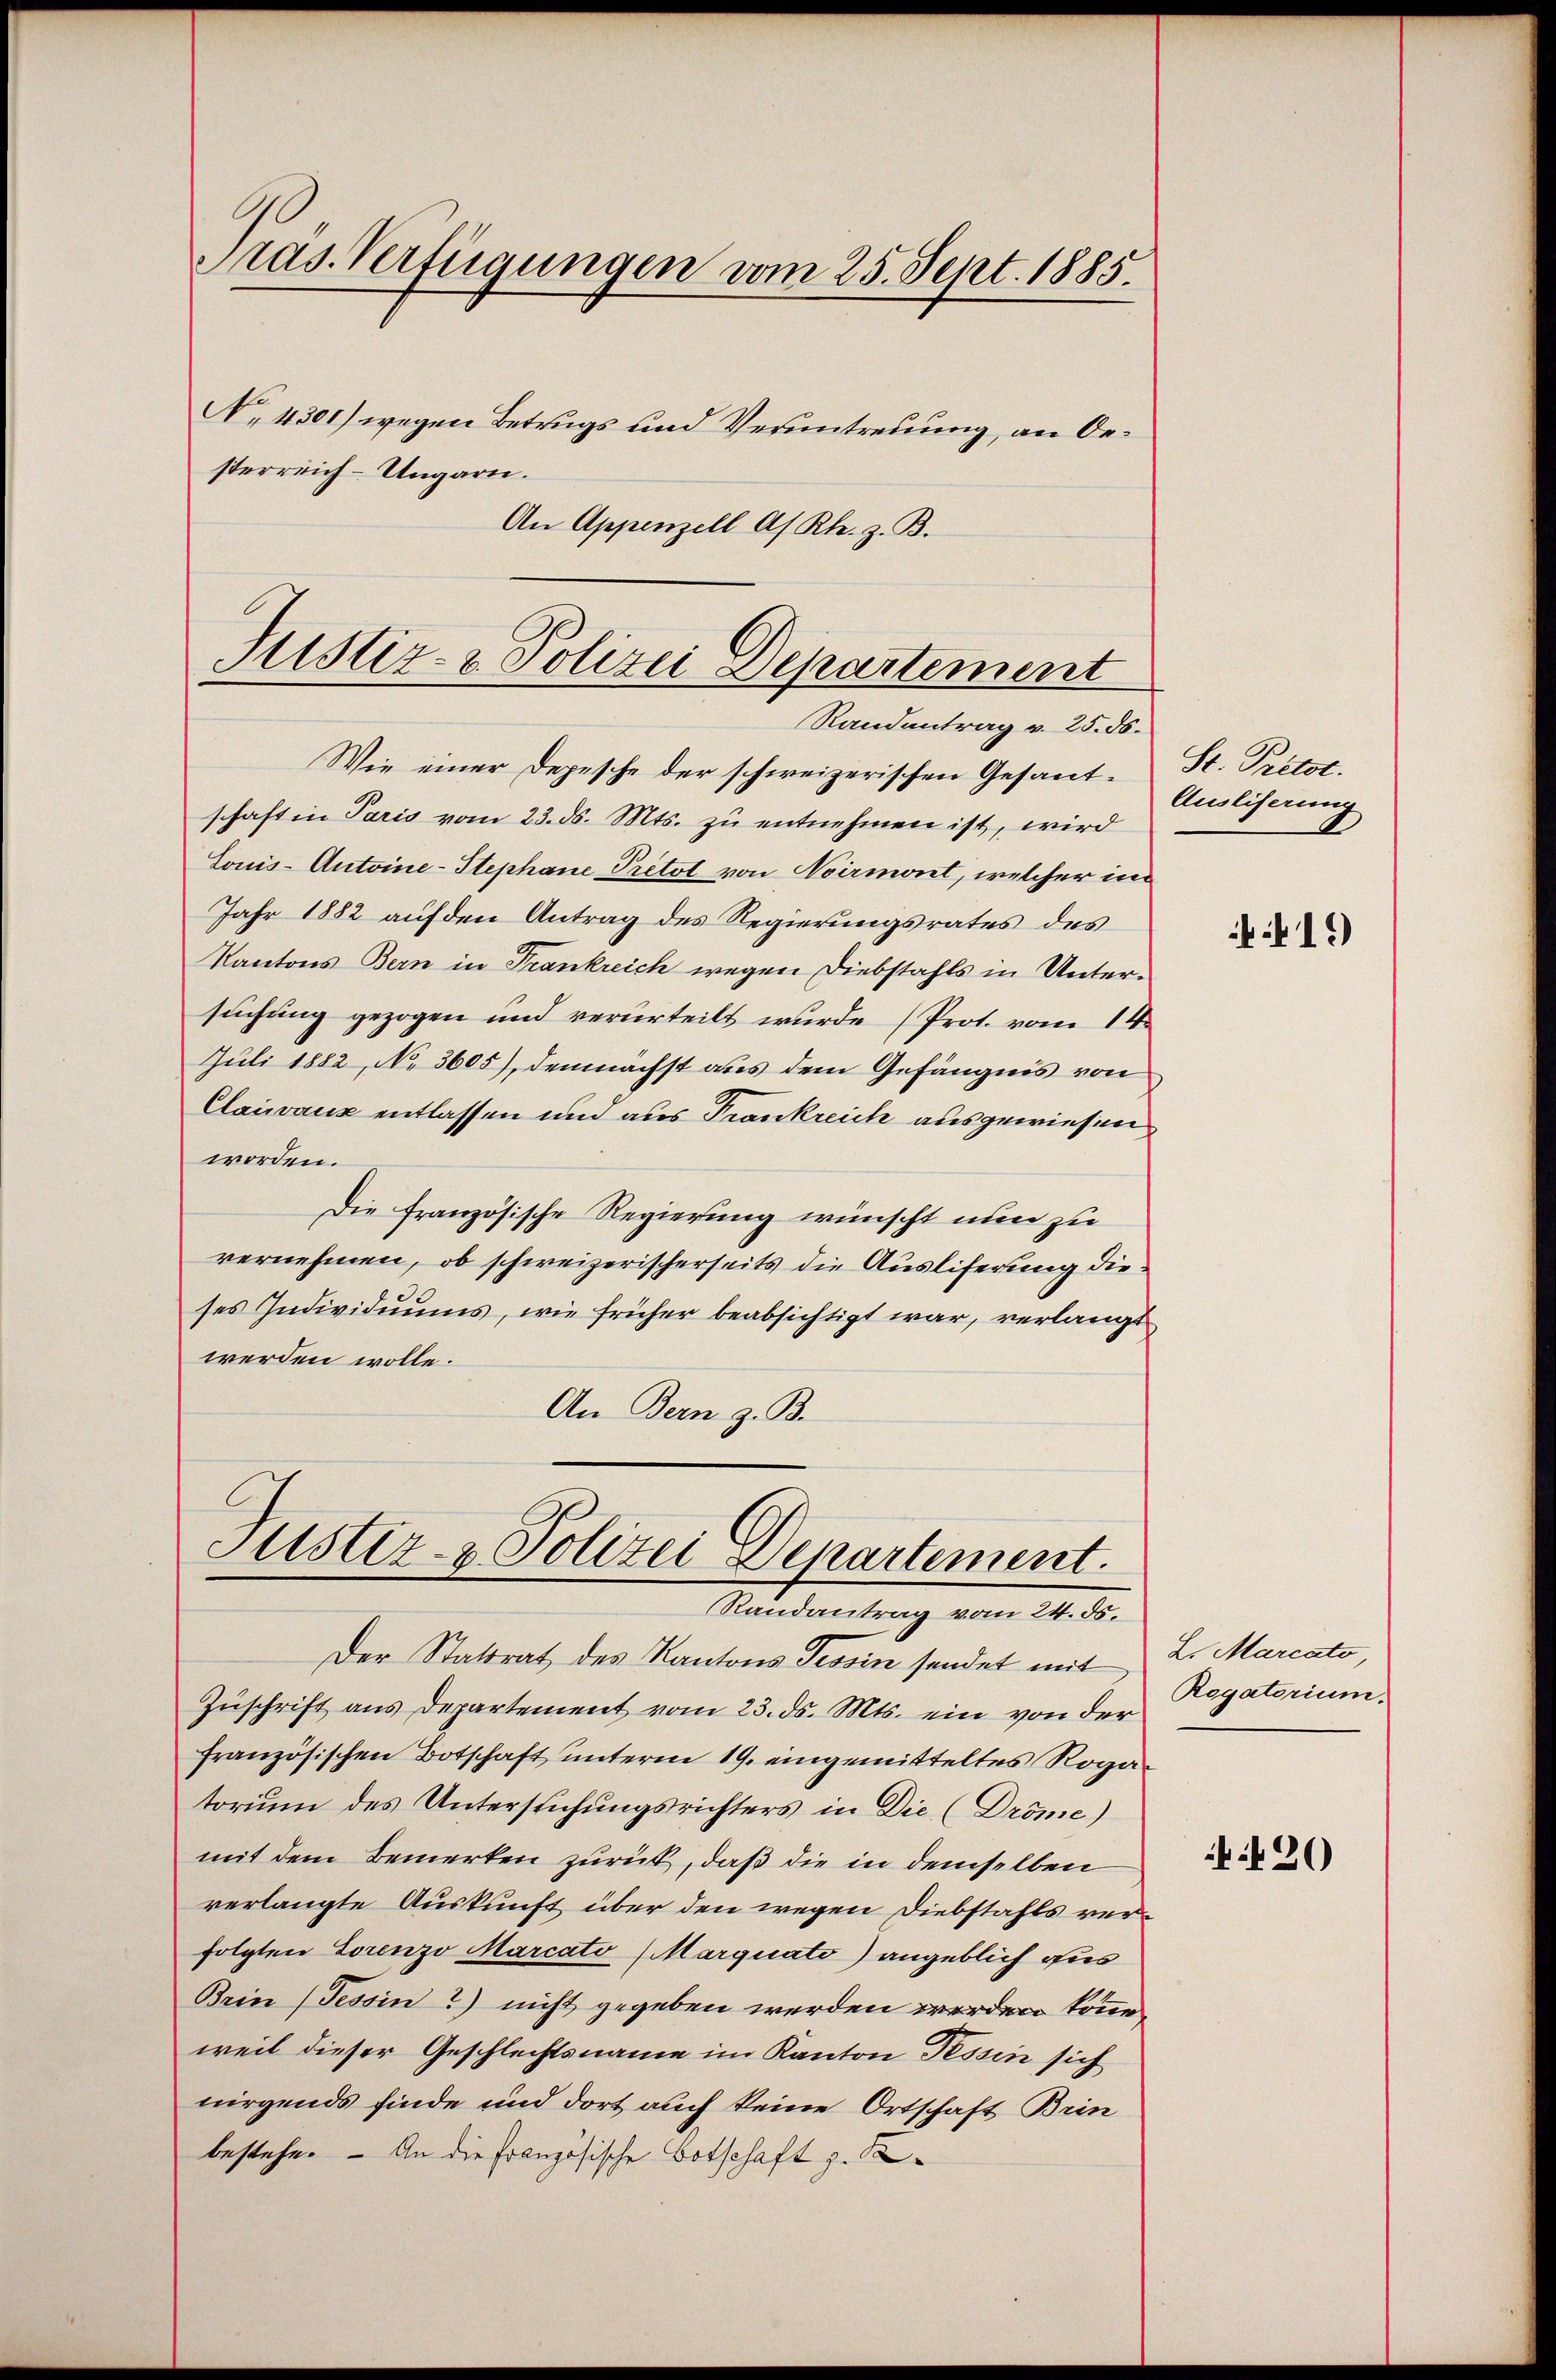
ras. Verfügungen vom 25. Sept. 1885.
N. 4301) wegen Betrugs und Verantreuung, an Oesterreich-Ungarn.
An Appenzell A/Rh. z. B.

Justiz- & Polizei Departement
Randantrag v. 25. ds.

Wie einer Depesche der schweizerischen Gesantschaft in Paris vom 23. ds. Mts. zu entnehmen ist, wird
Louis-Antoine-Stephane Pretot von Noirmont, welcher in
Jahr 1882 auf den Antrag des Regierungsrates des
Kantons Bern in Frankreich wegen Diebstahls in Untersuchung gezogen und verurteilt wurde (Prot. vom 14.
Juli 1882, No 3605), demnächst aus dem Gefängnis von
Clairaux entlassen und aus Trankreich ausgewiesen
worden.
Die französische Regierung wünscht nun zu
vernehmen, ob schweizerischerseits die Ausliferung die
ses Individuums, wie früher beabsichtigt war, verlangt
werden wolle.
An Bern z. B.

Justiz- & Polizei Departement.
Randantrag vom 24. ds.

Der Statsrat des Kantons Tessin sendet mit 2. Marcato
Zuschrift aus Departement vom 23. ds. Mts. ein von der
französischen Botschaft unterm 19. eingemitteltes Rogatorium des Untersuchungsrichters in Die (Dröme)
mit dem Bemerken zurück, daß die in demselben
verlangte Auskunft über den wegen Diebstahls verfolgten Lorenzo Marcato (Marquato) angeblich dis
Brin (Tessin?) nicht gegeben werden werden könne
weil dieser Geschlechtsname im Kanton Tessin sich
nirgends finde und dort auch keine Ortschaft Brin
bestehe. - An die Französische Botschaft z. B

St. Pretdt.
Ausliserung

419)

Rogatorium.

N 20)